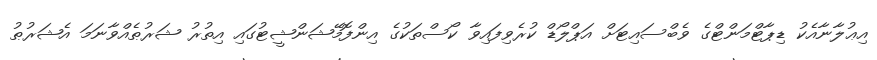
އިޢުލާނާއެކު ޑިޕާޓްމަންޓްގެ ވެބްސައިޓަށް އަޕްލޯޑް ކުރެވިފައިވާ ކޯސްތަކުގެ އިންފޮމޭޝަންޝީޓުގައި އިތުރު ޝަރުޠެއްވާނަމަ އެޝަރުޠު